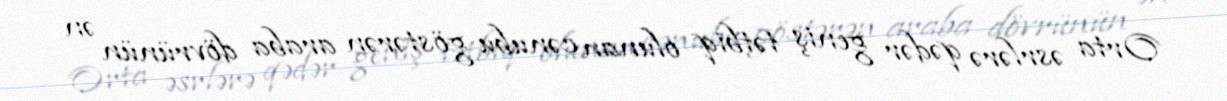
Orta əsrlərə qədər geniş tətbiq olunan cənubu göstərən araba dövrünün ən